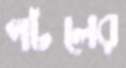
পটলের